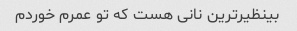
بینظیرترین نانی هست که تو عمرم خوردم